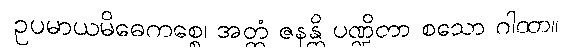
ဥပမာယမိဓေကစ္စေ၊ အတ္ထံ ဇနန္တိ ပဏ္ဍိတာ စသော ဂါထာ။